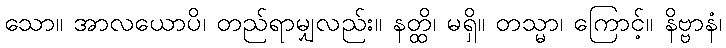
သော။ အာလယောပိ၊ တည်ရာမျှလည်း။ နတ္ထိ၊ မရှိ။ တသ္မာ၊ ကြောင့်။ နိဗ္ဗာနံ၊